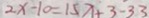
2 x - 1 0 = 1 5 x + 3 - 3 3